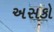
અસકો